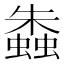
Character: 𧑤